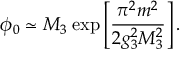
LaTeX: \phi _ { 0 } \simeq M _ { 3 } \: \mathrm { e x p } \left[ { \frac { \pi ^ { 2 } m ^ { 2 } } { 2 g _ { 3 } ^ { 2 } M _ { 3 } ^ { 2 } } } \right] .